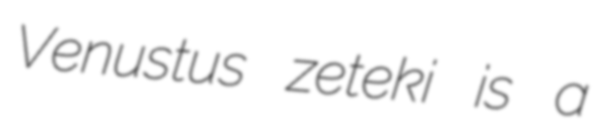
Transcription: Venustus zeteki is a